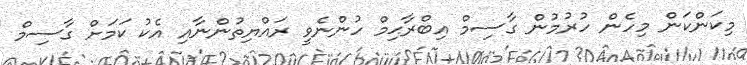
މިކަންކަން މިހެން ހުރުމުން ގާސިމް އިބްރާޙިމް ހުންނެވީ ރައްޔިތުންނާއި އެކު ކަމަށް ގާސިމް